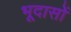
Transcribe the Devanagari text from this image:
भूदासों